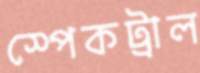
স্পেকট্রাল